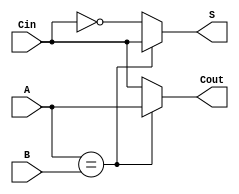
module fulladder
(input A,B,Cin,
output S,Cout);

/*
assign Cout = (Cin) ? (A|B) : (A&B);
assign S = (Cin) ? (A~^B) : (A^B);
*/

assign S = (A == B) ? Cin : ~Cin;

assign Cout = (A == B) ? A : Cin;
endmodule